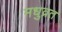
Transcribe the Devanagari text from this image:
मधुव्रत